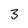
Character: 3